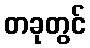
တခုတွင်